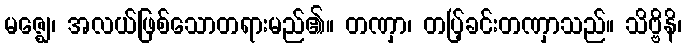
မဇ္ဈေ၊ အလယ်ဖြစ်သောတရားမည်၏။ တဏှာ၊ တပ်ြ့ခင်းတဏှာသည်။ သိဗ္ဗိနိ၊